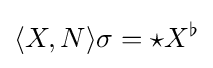
\langle X,N\rangle \sigma ={\star }X^{\flat }